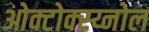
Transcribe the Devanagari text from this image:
ओक्टोक्स्य्नोल